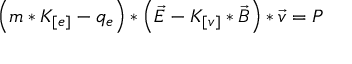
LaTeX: \left( m * K _ { [ e ] } - q _ { e } \right) * \left( \vec { E } - K _ { [ v ] } * \vec { B } \right) * \vec { v } = P